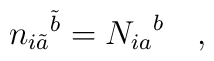
{n_{i\tilde{a}}}^{\tilde{b}} = {N_{ia}}^b\quad,